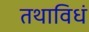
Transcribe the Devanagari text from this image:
तथाविधं